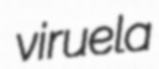
viruela